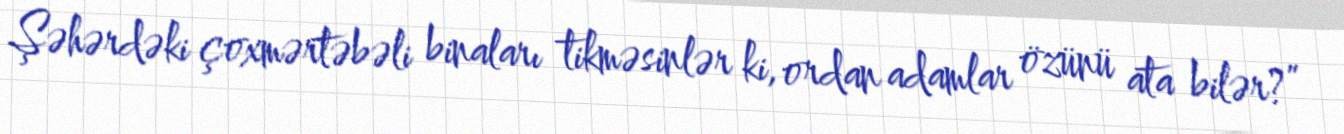
Şəhərdəki çoxmərtəbəli binaları tikməsinlər ki, ordan adamlar özünü ata bilər?”